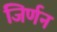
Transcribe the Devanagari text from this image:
जिर्णन